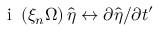
\mathrm { ~ i ~ } \left( \xi _ { n } \Omega \right) \hat { \eta } \leftrightarrow \partial \hat { \eta } / \partial t ^ { \prime }